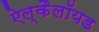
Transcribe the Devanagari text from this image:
ऐल्कैलॉयड